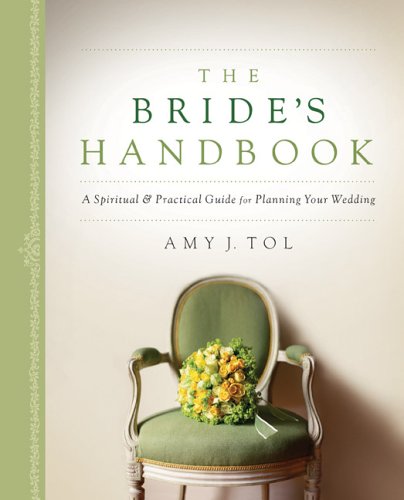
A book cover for The Bride's Handbook: A Spiritual & Practical Guide for Planning Your Wedding; Amy J. Tol; Crafts, Hobbies & Home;